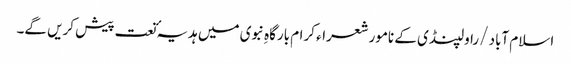
اسلام آباد /راولپنڈی کے نامور شعراء کرام بارگاہِ نبوی میں ہدیہٴ نعت پیش کریں گے۔